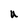
Character: U